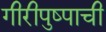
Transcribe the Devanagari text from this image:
गीरीपुष्पाची